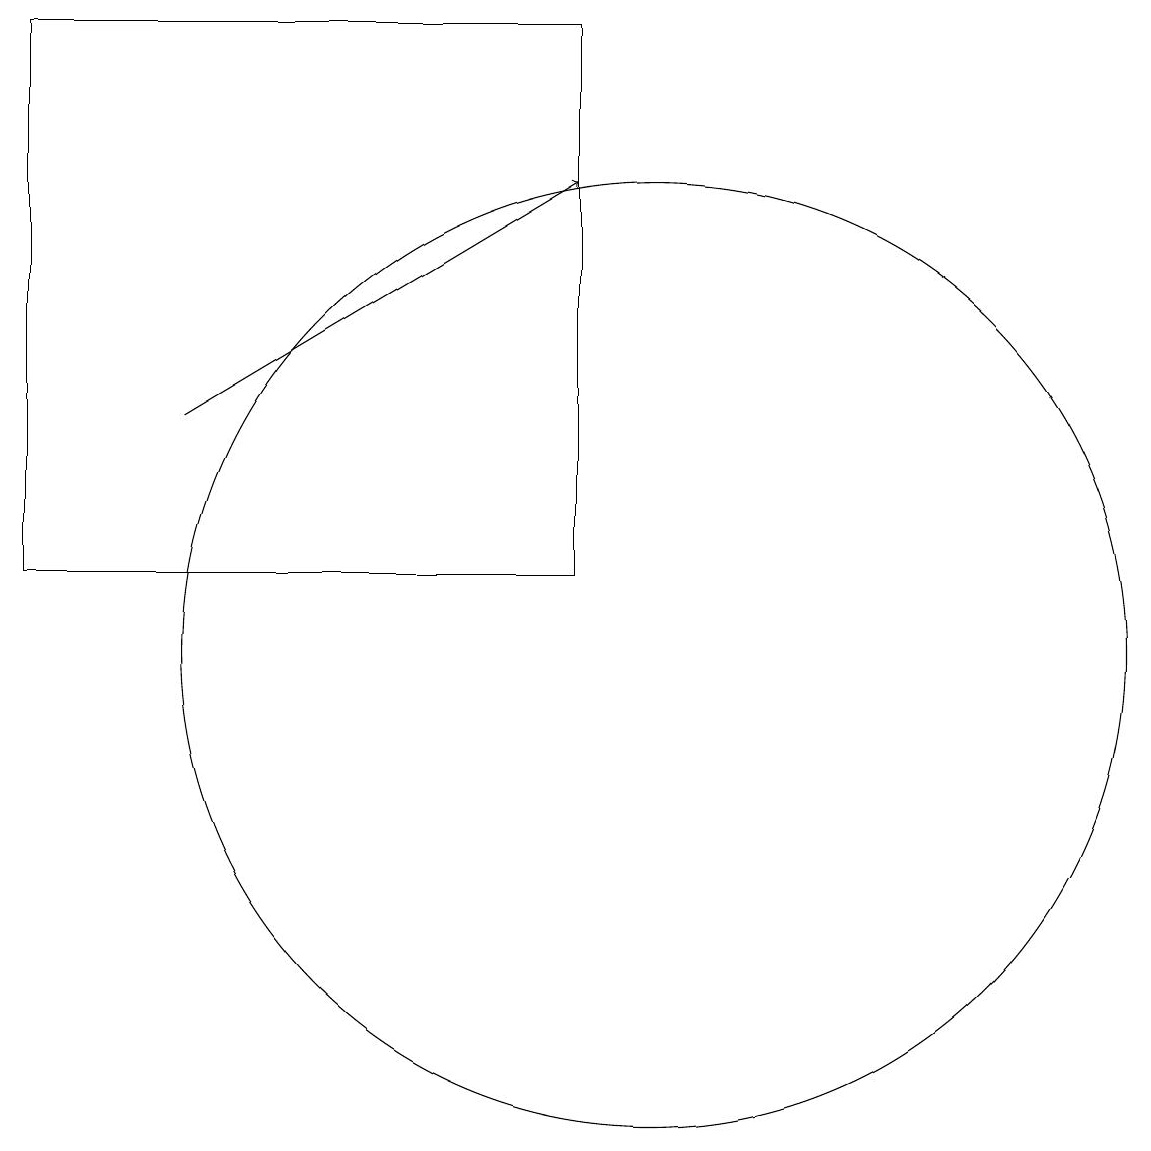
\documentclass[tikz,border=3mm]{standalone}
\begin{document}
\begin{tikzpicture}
\draw (10,11) circle (6);
\draw (9,12) rectangle (2,19);
\draw[->] (4,14) -- (9,17);
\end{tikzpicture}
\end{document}